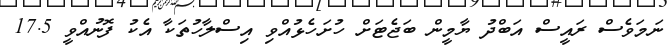
ނަމަވެސް ރައީސް އަބްދު ޔާމީން ބަޖެޓަށް ހުށަހެޅުއްވި އިސްލާހުތަކާ އެކު ފޮނުއްވީ 17.5